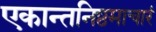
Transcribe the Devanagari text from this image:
एकान्तनिष्ठमाचारं